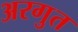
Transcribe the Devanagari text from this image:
अरगुत